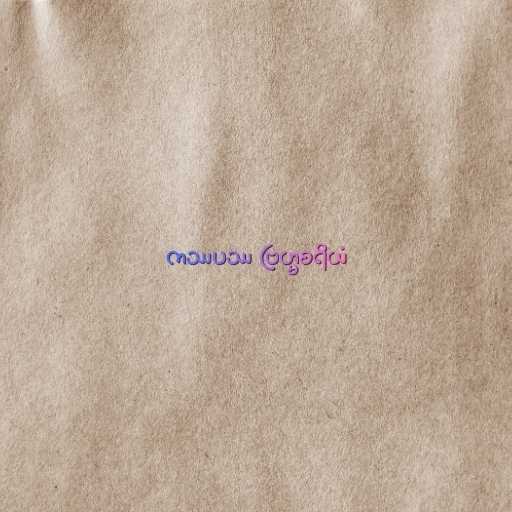
ကဿပဿ ဗြဟ္မစရိယံ